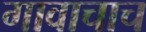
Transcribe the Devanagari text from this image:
गावाचाच